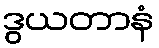
ဒွယတာနံ